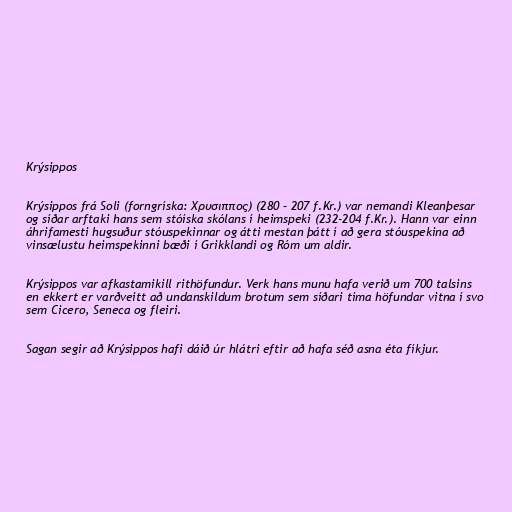
Krýsippos

Krýsippos frá Soli (forngríska: Χρυσιππος) (280 – 207 f.Kr.) var nemandi Kleanþesar
og síðar arftaki hans sem stóíska skólans í heimspeki (232-204 f.Kr.). Hann var einn
áhrifamesti hugsuður stóuspekinnar og átti mestan þátt í að gera stóuspekina að
vinsælustu heimspekinni bæði í Grikklandi og Róm um aldir.

Krýsippos var afkastamikill rithöfundur. Verk hans munu hafa verið um 700 talsins
en ekkert er varðveitt að undanskildum brotum sem síðari tíma höfundar vitna í svo
sem Cicero, Seneca og fleiri.

Sagan segir að Krýsippos hafi dáið úr hlátri eftir að hafa séð asna éta fíkjur.